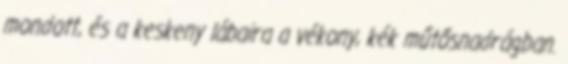
mondott, és a keskeny lábaira a vékony, kék műtősnadrágban.